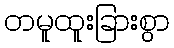
တမူထူးခြားစွာ